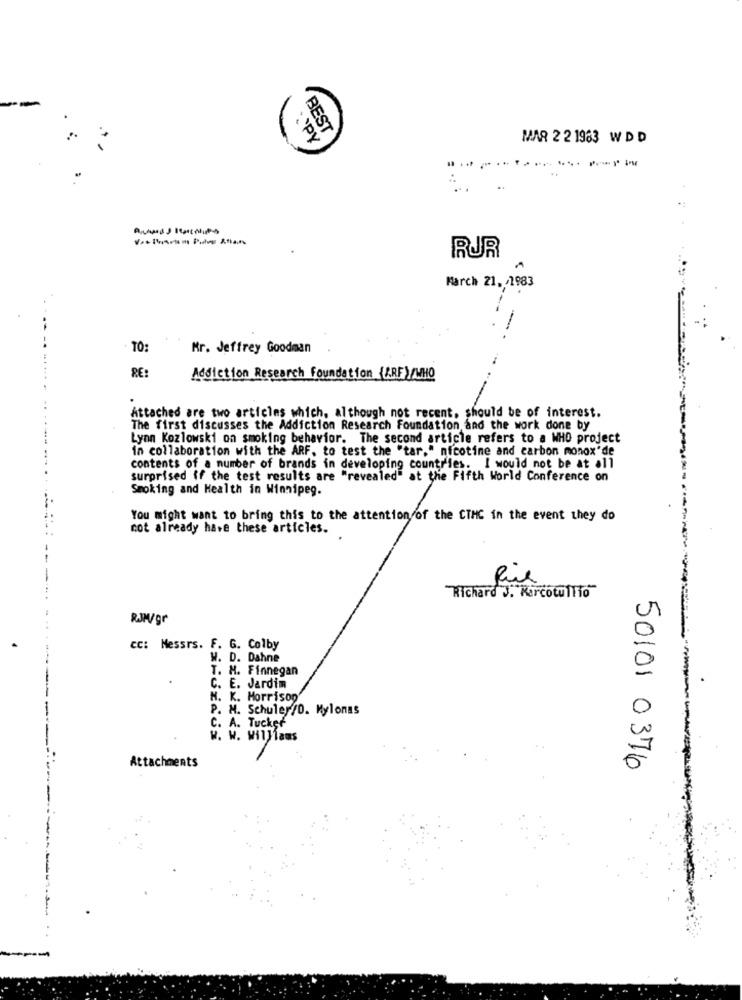
-
SPY
BEST
MAR 2 2 1983 W DD
RUR
March 21, /1983
TO:
Kr. Jeffrey Goodman
RE:
Addiction Research Foundation (.RF)/WHO
Attached are two articles which, although not recent, should be of interest.
The first discusses the Addiction Research Foundation and the work done by
Lynn Kozlowski on smoking behavior. The second article refers to a WHO project
in collaboration with the ARF. to test the "tar." nicotine and carbon monox'de
contents of a number of brands in developing countries. I would not be at all
surprised if the test results are "revealed" at the Fifth World Conference on
Smoking and Health in Winnipeg.
You might want to bring this to the attention of the CTHC in the event they do
cot already have these articles.
Rice
Richard J. Karcotullio
cc: Messrs. F. G. Colby
W. D. Dahne
T. H. Finnegan
C. E. Jardim
N. K. Morrison'
P. H. Schuler/0. Mylonas
C. A. Tucker
w. W. Williams
Attachments
50101 0376